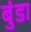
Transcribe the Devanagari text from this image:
बुंडा